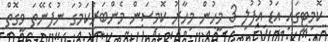
ކޮމިޓީގައި އަޑު އުފުލި 3 މީހުން މިހާރު ކޮމިސަން މެންބަރުކަމުގަ ނުފެނޭތަ ވީގޮތް